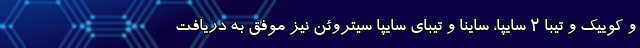
و کوییک و تیبا 2 سایپا، ساینا و تیبای سایپا سیتروئن نیز موفق به دریافت